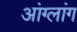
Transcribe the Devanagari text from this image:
आंग्लांग